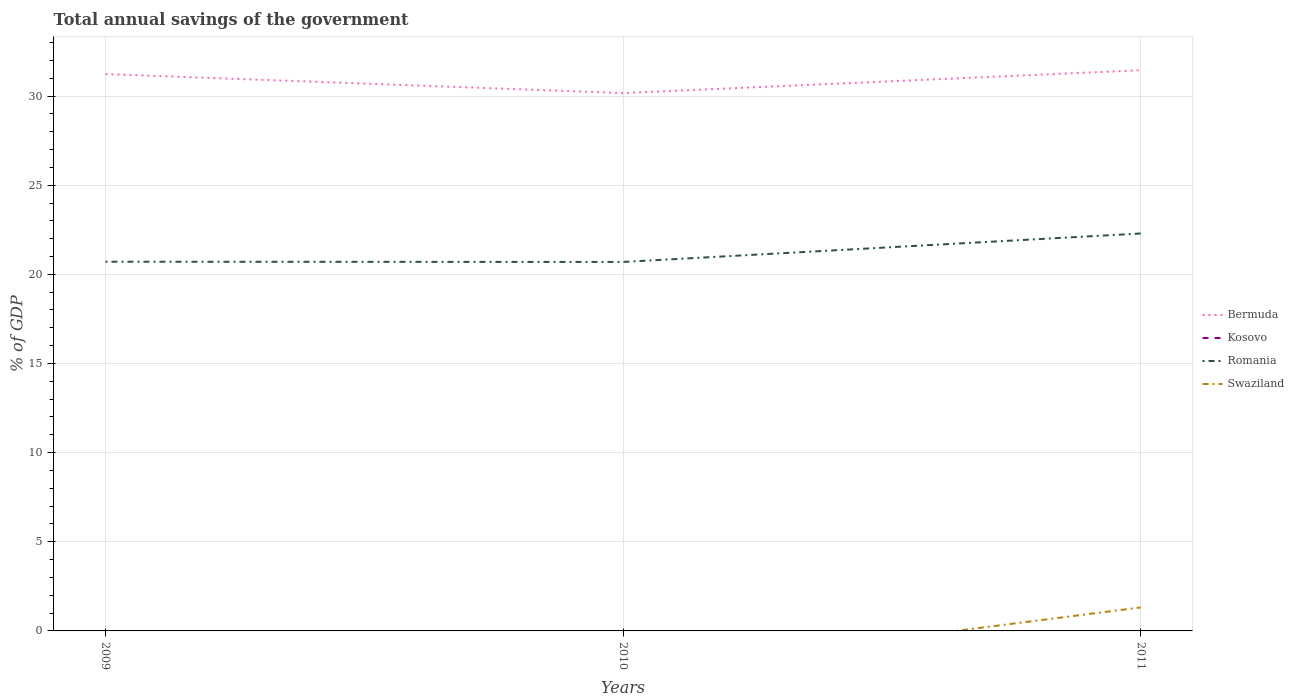
| Years | Bermuda | Kosovo | Romania | Swaziland |
 | --- | --- | --- | --- | --- |
 | 2009 | 31.2 | -3.73 | 20.7 | -6.31 |
 | 2010 | 30.2 | -2.61 | 20.7 | -2.37 |
 | 2011 | 31.4 | -3.29 | 22.3 | 1.32 |